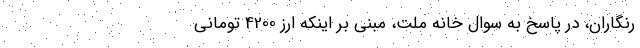
رنگاران، در پاسخ به سوال خانه ملت، مبنی بر اینکه ارز 4200 تومانی